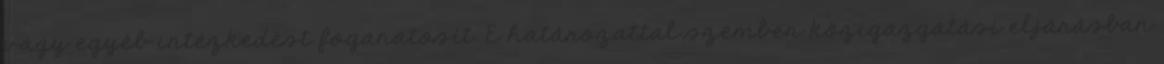
vagy egyéb intézkedést foganatosít. E határozattal szemben közigazgatási eljárásban